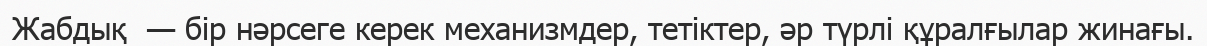
Жабдық  — бір нәрсеге керек механизмдер, тетіктер, әр түрлі құралғылар жинағы.